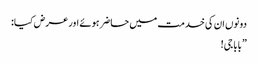
دونوں ان کی خدمت میں حاضر ہوئے اور عرض کیا:
”بابا جی!